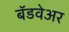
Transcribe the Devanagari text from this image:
बॅडवेअर